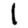
Digit: 1